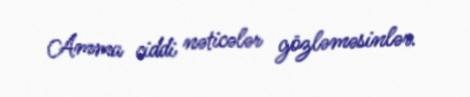
Amma ciddi nəticələr gözləməsinlər.